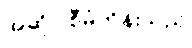
အဆိုပါစီမံကိန်းသည်